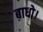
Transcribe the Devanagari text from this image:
बाधो।